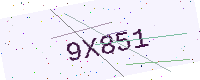
Text: 9X851